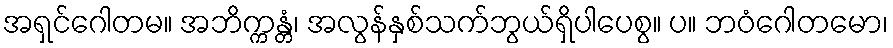
အရှင်ဂေါတမ။ အဘိက္ကန္တံ၊ အလွန်နှစ်သက်ဘွယ်ရှိပါပေစွ။ ပ။ ဘဝံဂေါတမော၊